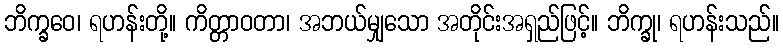
ဘိက္ခဝေ၊ ရဟန်းတို့။ ကိတ္တာဝတာ၊ အဘယ်မျှသော အတိုင်းအရှည်ဖြင့်။ ဘိက္ခု၊ ရဟန်းသည်။